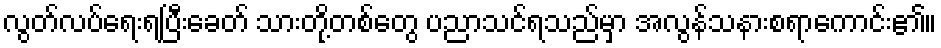
လွတ်လပ်ရေးရပြီးခေတ် သားတို့တစ်တွေ ပညာသင်ရသည်မှာ အလွန်သနားစရာကောင်း၏။